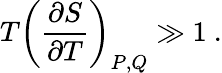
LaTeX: T\left(\frac{\partial S}{\partial T}\right)_{P,Q}\gg 1\ .